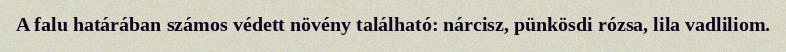
A falu határában számos védett növény található: nárcisz, pünkösdi rózsa, lila vadliliom.